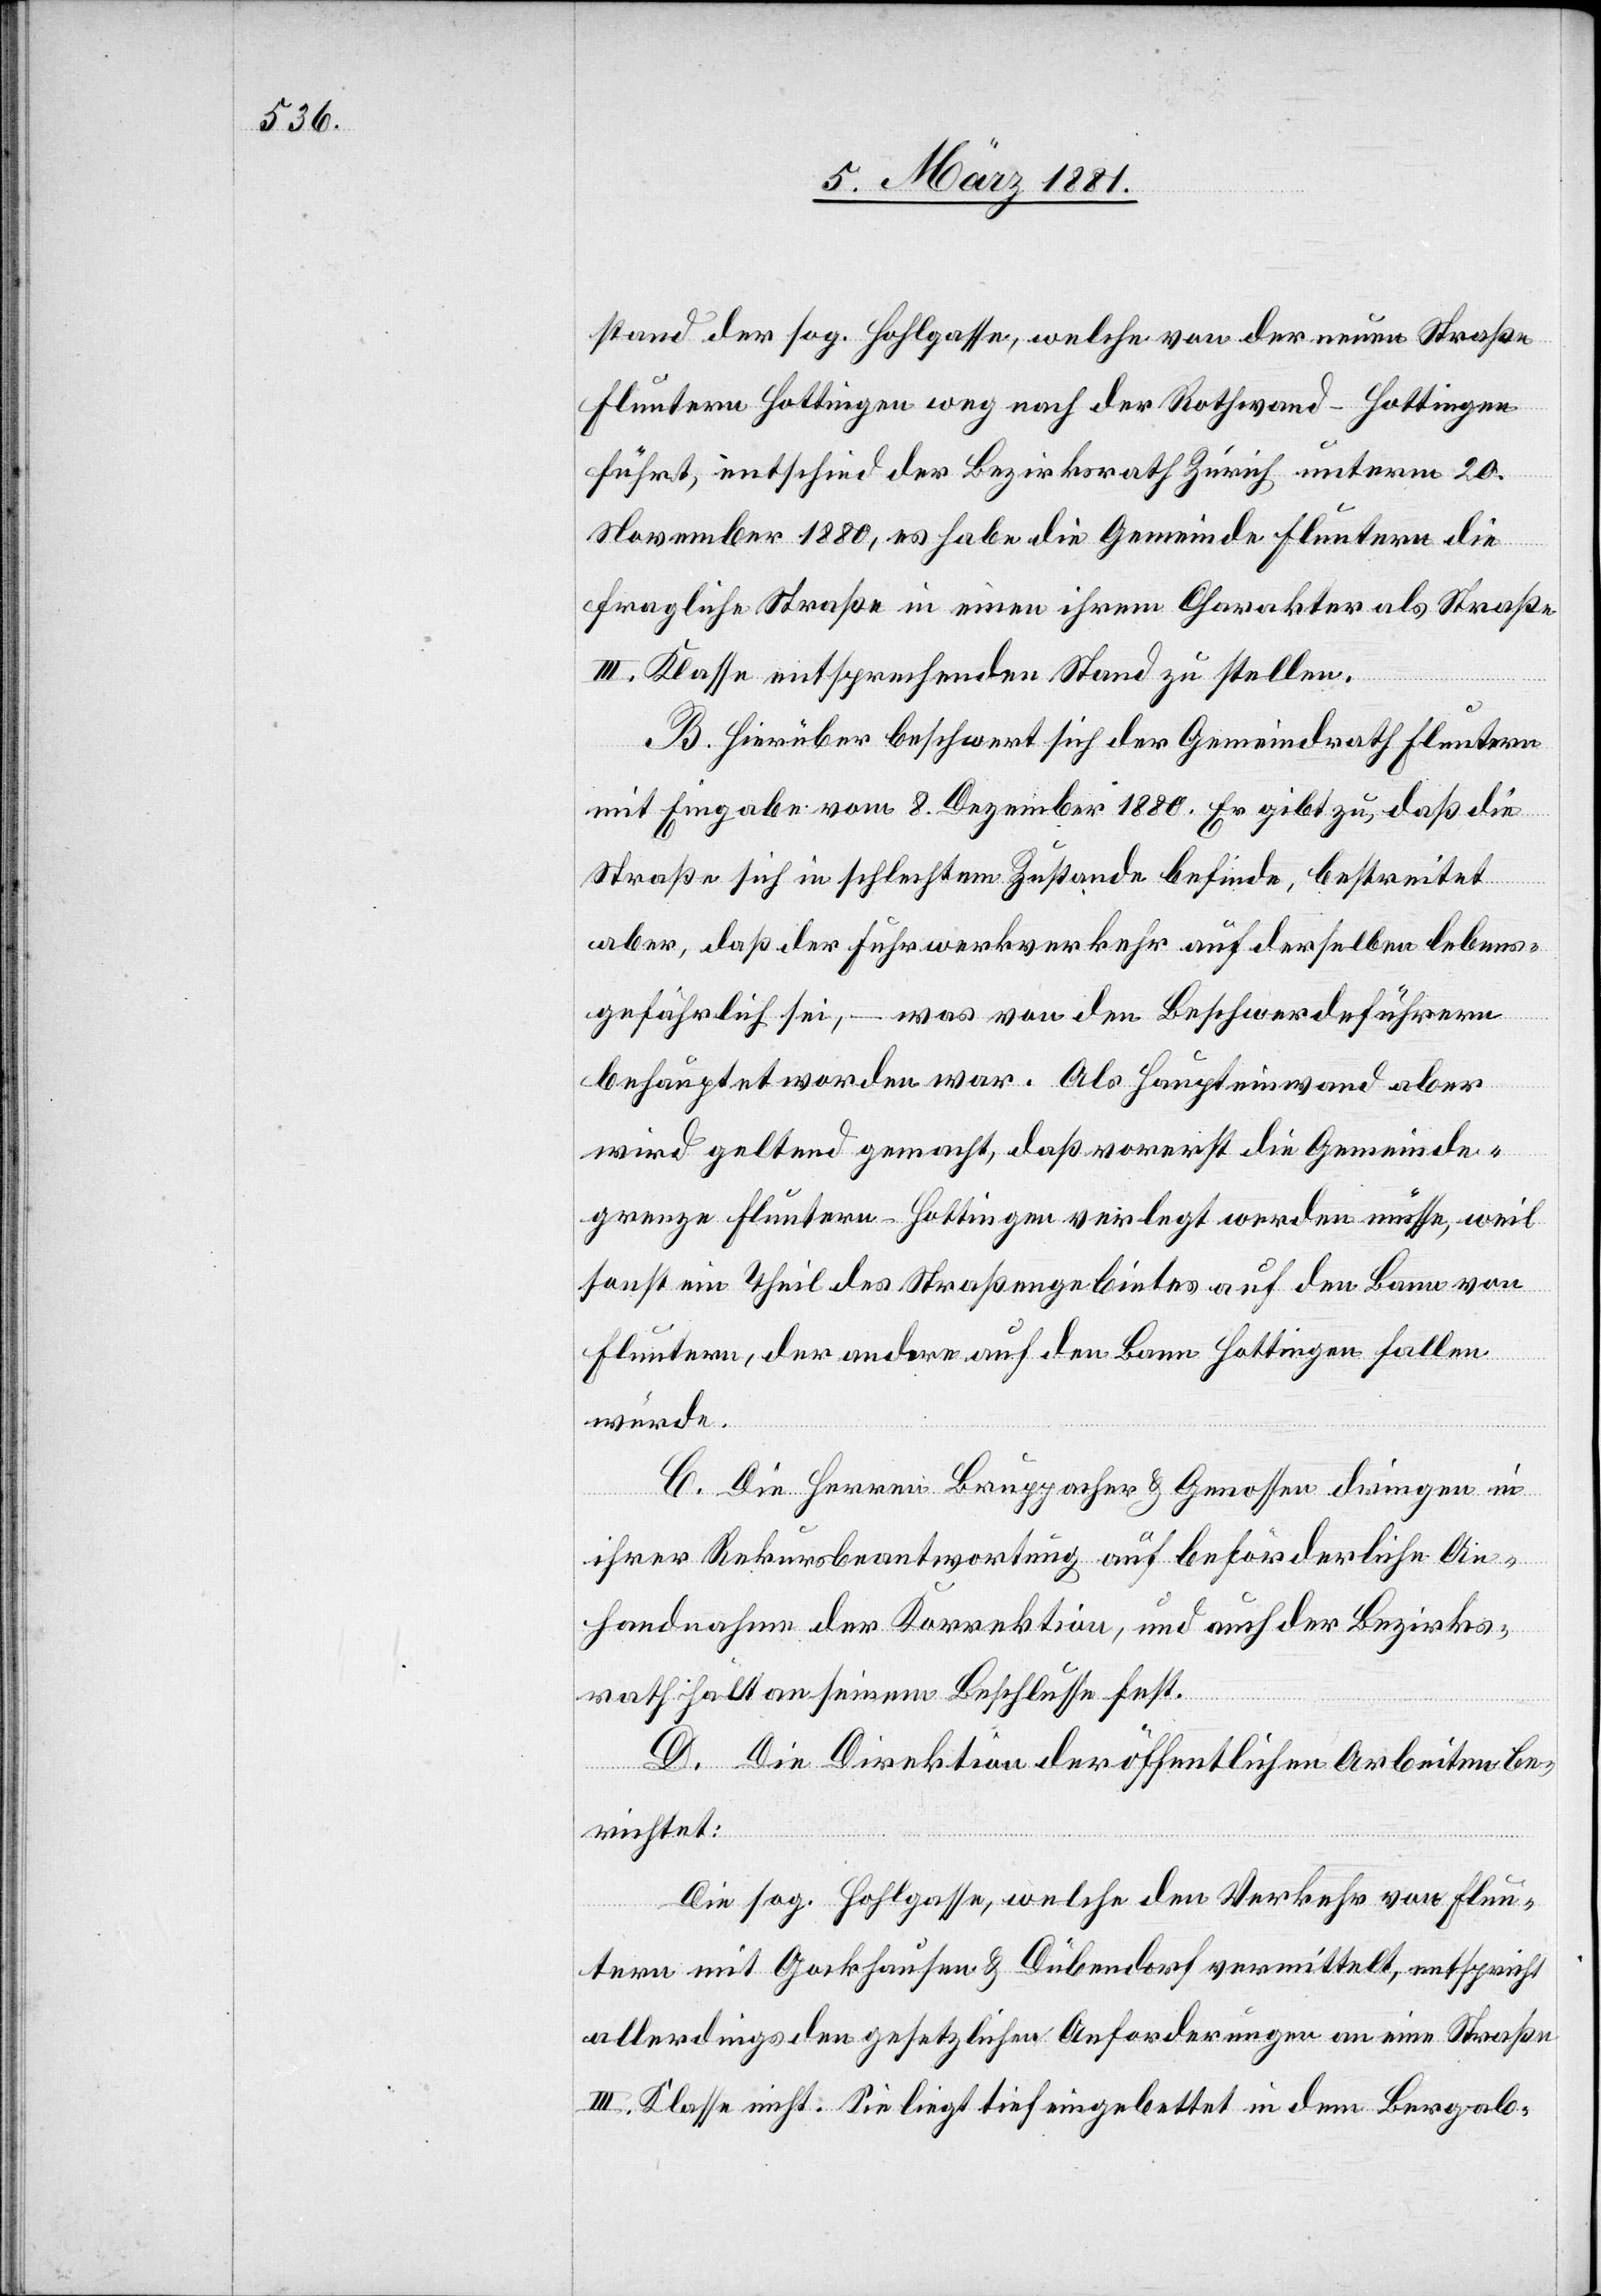
stand der sog. Hohlgasse, welche von der neuen Straße
Fluntern[–]Hottingen weg nach der Rothwand - Hottingen
führt, entschied der Bezirksrath Zürich unterm 20.
November 1880, es habe die Gemeinde Fluntern die
fragliche Straße in einen ihrem Charakter als Straße
III. Klasse entsprechenden Stand zu stellen.
B. Hierüber beschwert sich der Gemeindrath Fluntern
mit Eingabe vom 8. Dezember 1880. Er gibt zu, daß die
Straße sich in schlechtem Zustande befinde, bestreitet
aber, daß der Fuhrwerkverkehr auf derselben lebens¬
gefährlich sei, – was von den Beschwerdeführern
behauptet worden war. Als Haupteinwand aber
wird geltend gemacht, daß vorerst die Gemeinde¬
grenze Fluntern–Hottingen verlegt werden müsse, weil
sonst ein Theil des Straßengebietes auf den Bann von
Fluntern, der andere auf den Bann Hottingen fallen
würde.
C. Die Herren Bruppacher & Genossen dringen in
ihrer Rekursbeantwortung auf beförderliche An¬
handnahme der Korrektion, und auch der Bezirks¬
rath hält an seinem Beschlusse fest.
D. Die Direktion der öffentlichen Arbeiten be¬
richtet:
Die sog. Hohlgasse, welche den Verkehr von Flun¬
tern mit Gockhausen & Dübendorf vermittelt, entspricht
allerdings den gesetzlichen Anforderungen an eine Straße
III. Klasse nicht. Sie liegt tief eingebettet in dem Bergab-